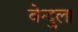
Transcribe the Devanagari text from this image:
बेन्दुला